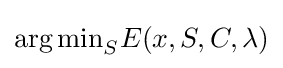
{\arg \min }_{S}E(x,S,C,\lambda )